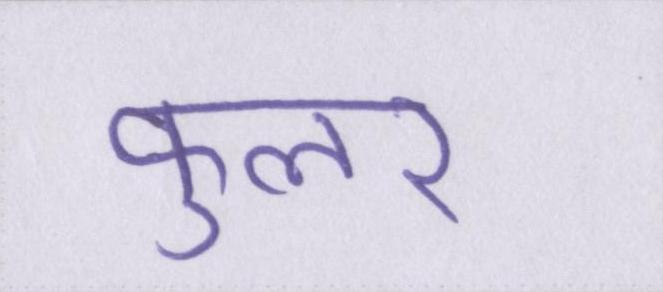
फुलर